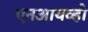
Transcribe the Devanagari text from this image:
एनआयव्ही